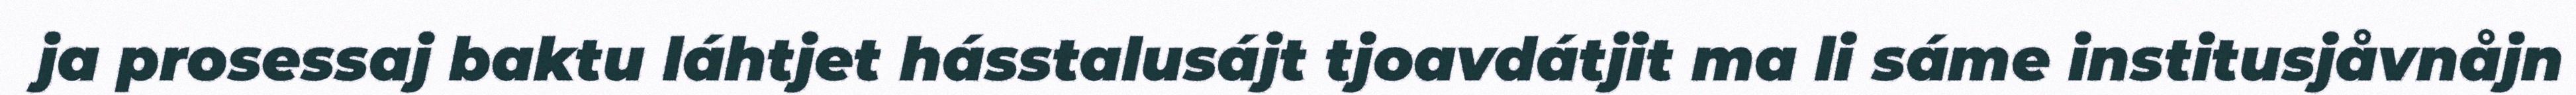
ja prosessaj baktu láhtjet hásstalusájt tjoavdátjit ma li sáme institusjåvnåjn